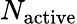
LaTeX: N_{\mathrm{active}}